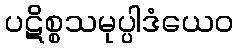
ပဋိစ္စသမုပ္ပါဒံယေဝ